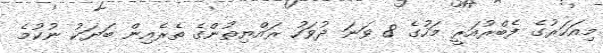
މިއަހަރުގެ ފެބްރުއަރީ މަހުގެ 8 ވަނަ ދުވަހު ރައްޔިތުންގެ ތެރެއިން ބަޔަކު ނުކުމެ